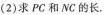
(2)求PC和NC的长，